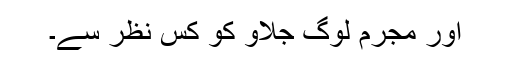
اور مجرم لوگ جلاو کو کس نظر سے۔